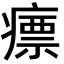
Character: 瘭